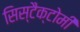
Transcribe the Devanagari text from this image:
सिस्टैक्टोमी